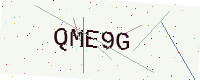
Text: QME9G